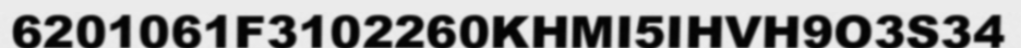
6201061F3102260KHMI5IHVH9O3S34